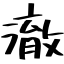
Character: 澈